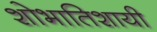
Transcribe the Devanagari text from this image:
शोभातिशायी